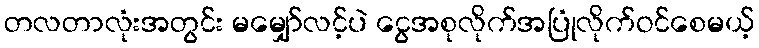
တလတာလုံးအတွင်း မမျှော်လင့်ပဲ ငွေအစုလိုက်အပြုံလိုက်ဝင်စေမယ့်